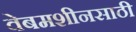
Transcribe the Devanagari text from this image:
वेबमशीनसाठी